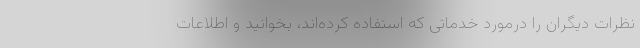
نظرات دیگران را درمورد خدماتی که استفاده کرده‌اند، بخوانید و اطلاعات